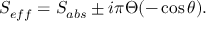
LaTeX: S _ { e f f } = S _ { a b s } \pm i \pi \Theta ( - \cos \theta ) .